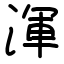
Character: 渾